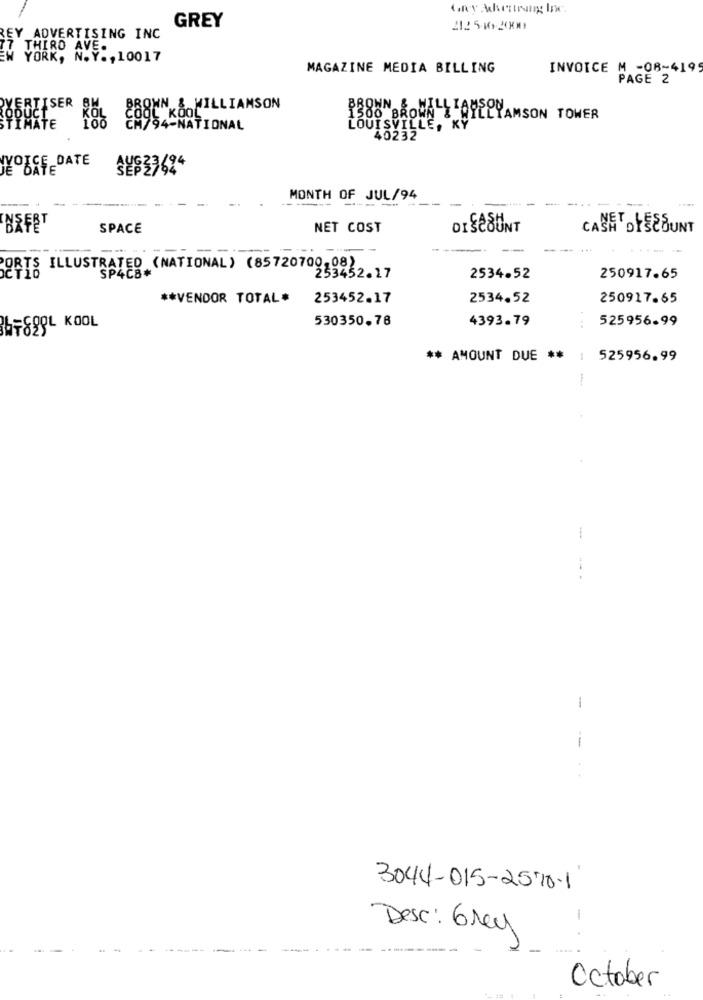
GRY Mckestrung Inc.
GREY
2125-16-2000
REY_ADVERTISING INC
THIRD AVE.
W YORK, N.Y ., 10017
MAGAZINE MEDIA BILLING
INVOICE M -08-4195
PAGE 2
VERTISER
BROWN & WILLIAMSON
COOL KOOL
BROWN & WILLIAMSON
KOL
1500 BROWN & WILLIAMSON TOWER
STIMATE
CM/94-NATIONAL
LOUISVILLE, KY
40232
VOICE DATE
MONTH OF JUL/94
--
SPACE
NET COST
DISCOUNT
CASH DISCOUNT
....
PORTS ILLUSTRATED (NATIONAL) (85720700,08)
253452.17
2534.52
250917.65
** VENDOR TOTAL#
253452.17
2534.52
250917.65
530350.78
4393.79
525956.99
67899L KOOL
** AMOUNT DUE ** : 525956.99
-
-
--
3044-015-2510-1
1
Desc: Grey
October